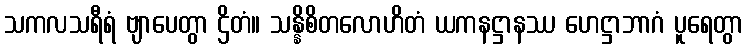
သကလသရီရံ ဗျာပေတွာ ဌိတံ။ သန္နိစိတလောဟိတံ ယကနဋ္ဌာနဿ ဟေဋ္ဌာဘာဂံ ပူရေတွာ